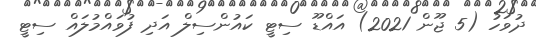
ދުވަހު (5 ޖޫން 2021) އައްޑޫ ސިޓީ ކައުންސިލް އަދި ފުވައްމުލައް ސިޓީ